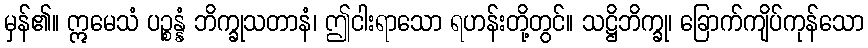
မှန်၏။ ဣမေသံ ပဉ္စန္နံ ဘိက္ခုသတာနံ၊ ဤငါးရာသော ရဟန်းတို့တွင်။ သဋ္ဌိဘိက္ခု၊ ခြောက်ကျိပ်ကုန်သော